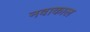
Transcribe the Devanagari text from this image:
नवाकाल